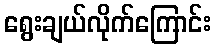
ရွေးချယ်လိုက်ကြောင်း